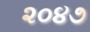
૨૦૪૭